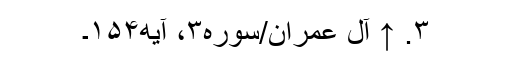
۳. ↑ آل عمران/سوره۳، آیه۱۵۴۔